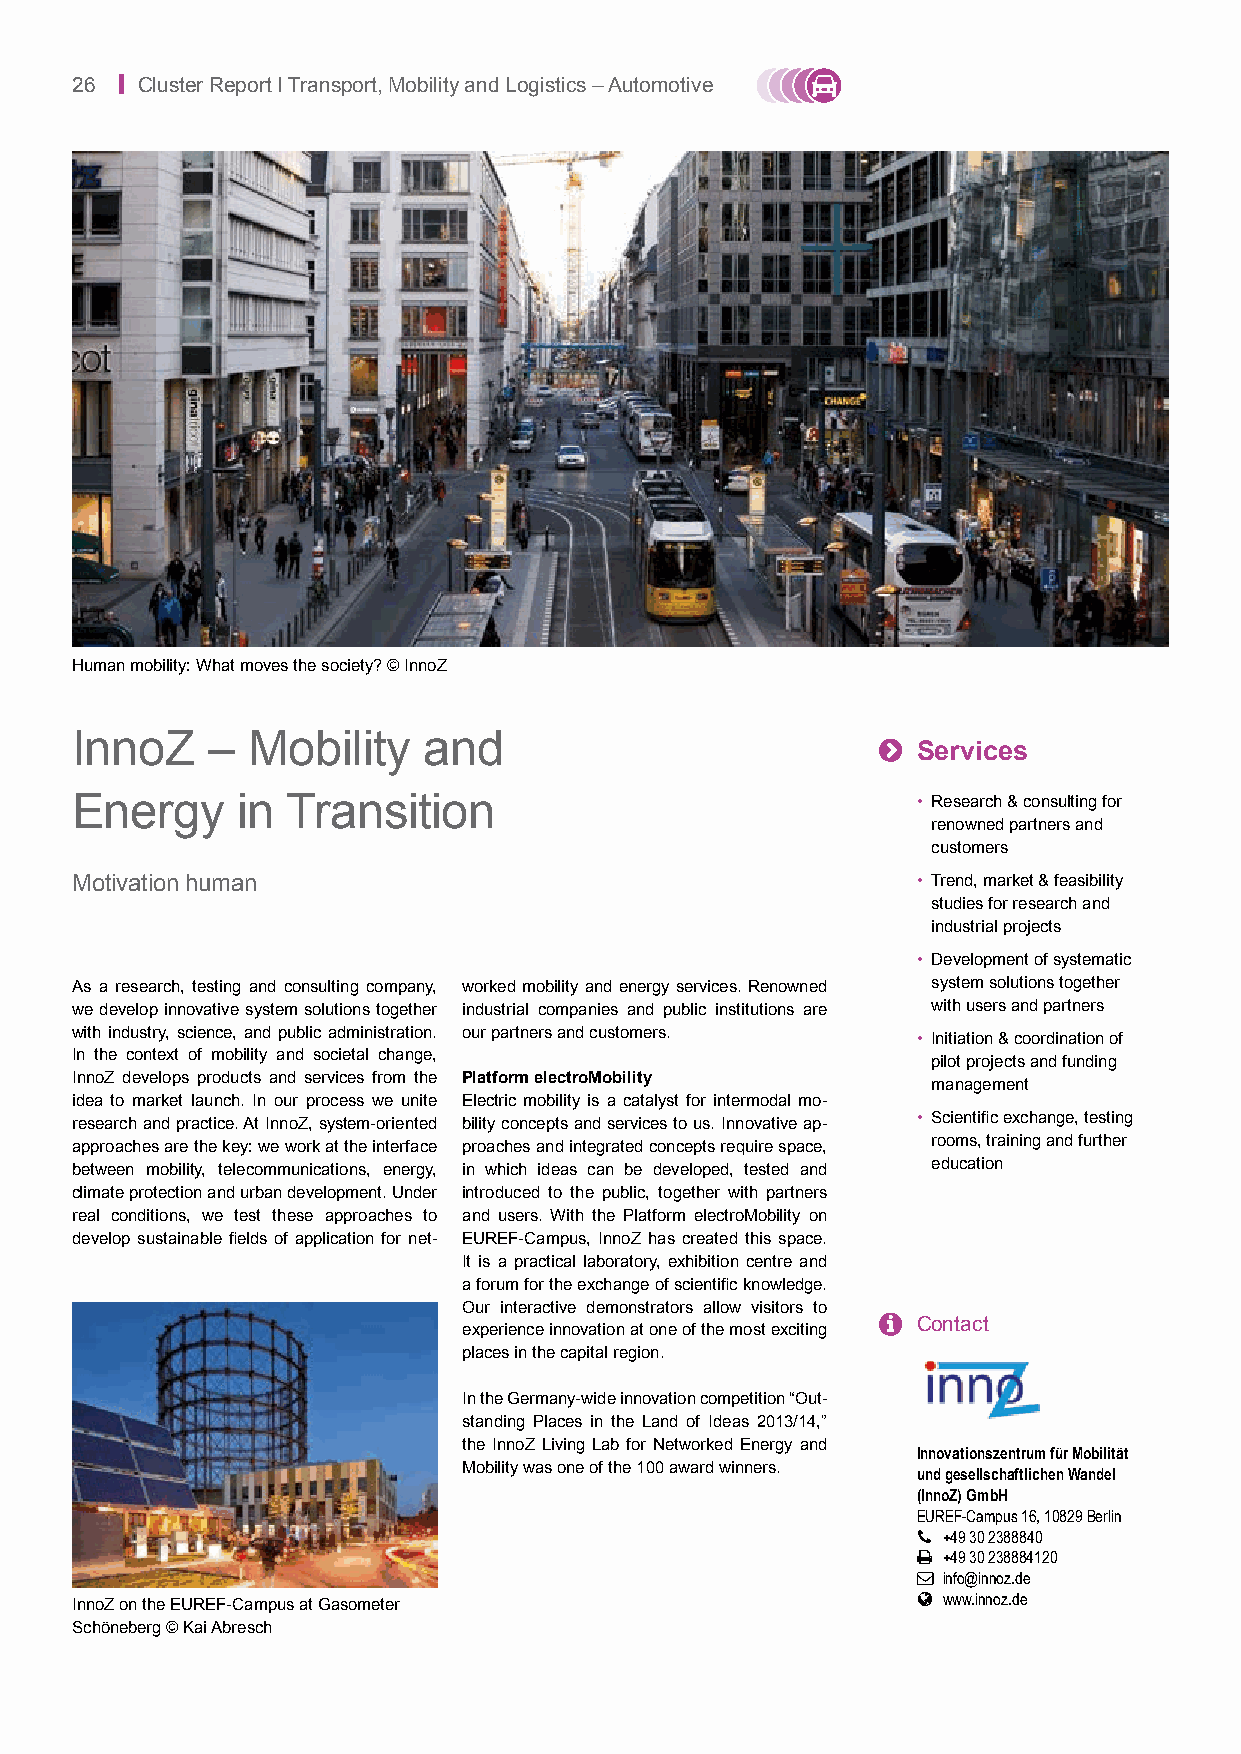
26 | Cluster Report I Transport, Mobility and Logistics – Automotive
 Human mobility: What moves the society? © InnoZ
 InnoZ    – Mobility    and                           
 Services
 Energy     in Transition                                • Research & consulting for
 renowned partners and
 customers
 Motivation human                                        • Trend, market & feasibility
 studies for research and
 industrial projects
 • Development of systematic
 As a research, testing and consulting company, worked mobility and energy services. Renowned system solutions together
 we develop innovative system solutions together industrial companies and public institutions are with users and partners
 with industry, science, and public administration. our partners and customers.
 • Initiation & coordination of
 In the context of mobility and societal change,
 pilot projects and funding
 InnoZ develops products and services from the Platform electroMobility management
 idea to market launch. In our process we unite Electric mobility is a catalyst for intermodal mo-
 research and practice. At InnoZ, system-oriented bility concepts and services to us. Innovative ap- • Scientific exchange, testing
 approaches are the key: we work at the interface proaches and integrated concepts require space, rooms, training and further
 between mobility, telecommunications, energy, in which ideas can be developed, tested and education
 climate protection and urban development. Under introduced to the public, together with partners
 real conditions, we test these approaches to and users. With the Platform electroMobility on
 develop sustainable fields of application for net- EUREF-Campus, InnoZ has created this space.
 It is a practical laboratory, exhibition centre and
 a forum for the exchange of scientific knowledge.
 Our interactive demonstrators allow visitors to
   Contact
 experience innovation at one of the most exciting
 places in the capital region.
 In the Germany-wide innovation competition “Out-
 standing Places in the Land of Ideas 2013/14,”
 the InnoZ Living Lab for Networked Energy and
 Innovationszentrum für Mobilität
 Mobility was one of the 100 award winners. und gesellschaftlichen Wandel
 (InnoZ) GmbH
 EUREF-Campus 16, 10829 Berlin
  +49 30 2388840
  +49 30 238884120
  info@innoz.de
  www.innoz.de
 InnoZ on the EUREF-Campus at Gasometer
 Schöneberg © Kai Abresch